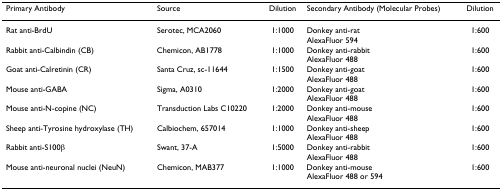
<table><thead><tr><td><b>Primary Antibody</b></td><td><b>Source</b></td><td><b>Dilution</b></td><td><b>Secondary Antibody (Molecular Probes)</b></td><td><b>Dilution</b></td></tr></thead><tbody><tr><td>Rat anti-BrdU</td><td>Serotec, MCA2060</td><td>1:1000</td><td>Donkey anti-ratAlexaFluor 594</td><td>1:600</td></tr><tr><td>Rabbit anti-Calbindin (CB)</td><td>Chemicon, AB1778</td><td>1:1000</td><td>Donkey anti-rabbitAlexaFluor 488</td><td>1:600</td></tr><tr><td>Goat anti-Calretinin (CR)</td><td>Santa Cruz, sc-11644</td><td>1:1500</td><td>Donkey anti-goatAlexaFluor 488</td><td>1:600</td></tr><tr><td>Mouse anti-GABA</td><td>Sigma, A0310</td><td>1:2000</td><td>Donkey anti-goatAlexaFluor 488</td><td>1:600</td></tr><tr><td>Mouse anti-N-copine (NC)</td><td>Transduction Labs C10220</td><td>1:2000</td><td>Donkey anti-mouseAlexaFluor 488</td><td>1:600</td></tr><tr><td>Sheep anti-Tyrosine hydroxylase (TH)</td><td>Calbiochem, 657014</td><td>1:1000</td><td>Donkey anti-sheepAlexaFluor 488</td><td>1:600</td></tr><tr><td>Rabbit anti-S100β</td><td>Swant, 37-A</td><td>1:5000</td><td>Donkey anti-rabbitAlexaFluor 488</td><td>1:600</td></tr><tr><td>Mouse anti-neuronal nuclei (NeuN)</td><td>Chemicon, MAB377</td><td>1:1000</td><td>Donkey anti-mouseAlexaFluor 488 or 594</td><td>1:600</td></tr></tbody></table>